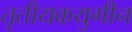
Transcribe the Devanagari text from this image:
तृतीयकयुगीन